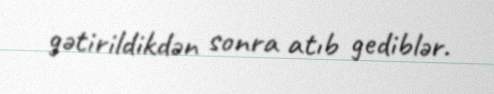
gətirildikdən sonra atıb gediblər.